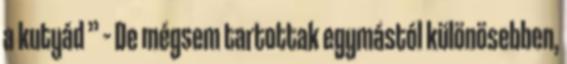
a kutyád ” – De mégsem tartottak egymástól különösebben,